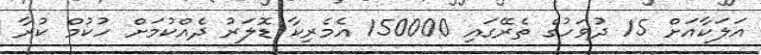
އަލަކާއަށް 15 ދުވަހުގެ ތެރޭގައި 150000 އެމެރިކާ ޑޮލަރު ދެއްކުމަށް ހުކުމް ކުރާ